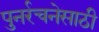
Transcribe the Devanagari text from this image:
पुनर्रचनेसाठी